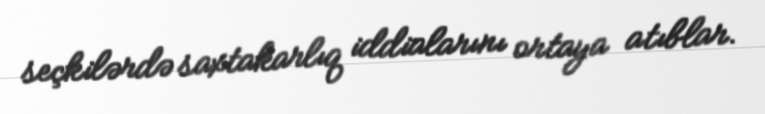
seçkilərdə saxtakarlıq iddialarını ortaya atıblar.